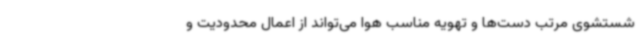
شستشوی مرتب دست‌ها و تهویه مناسب هوا می‌تواند از اعمال محدودیت و